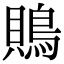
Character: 鵙